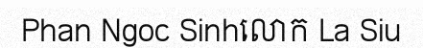
Phan Ngoc Sinhលោក La Siu